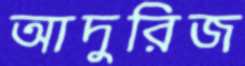
আদুরিজ